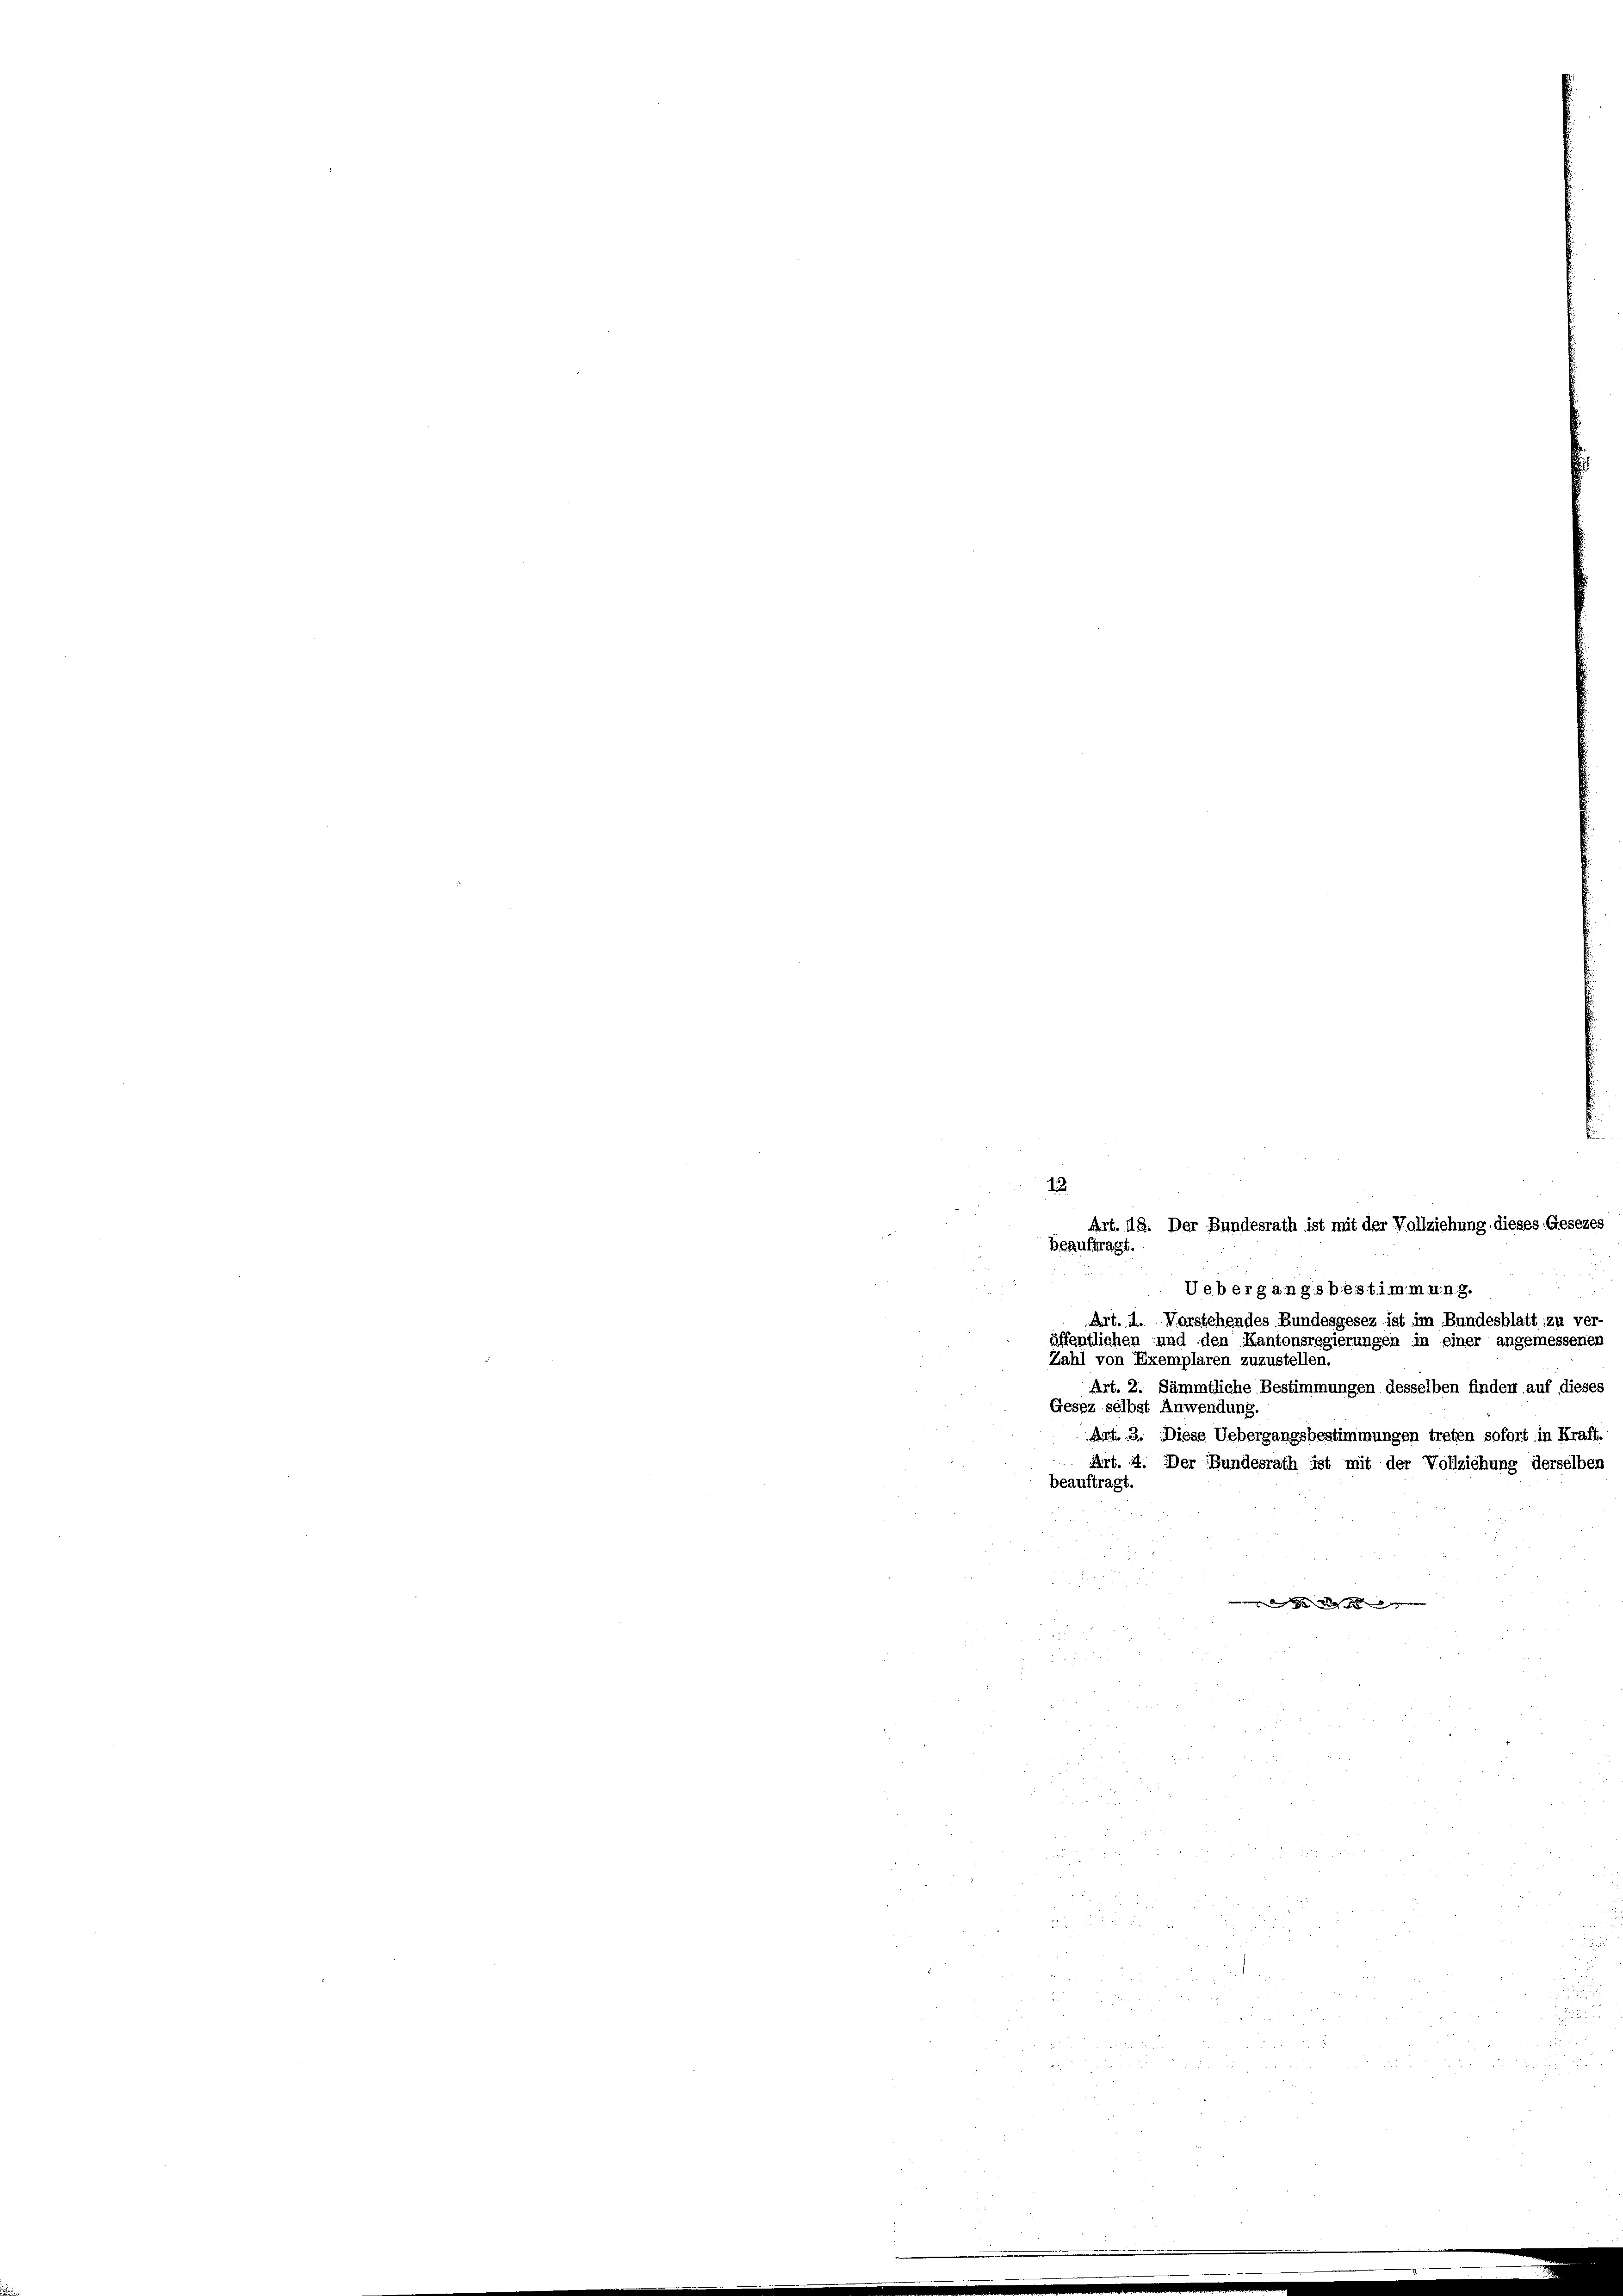
12.
Art. 18. Der Bundesrath ist mit der Vollziehung dieses Gesezes
beauftragt.
Uebergangsbestimmung.
Art. A. Vorstehendes Bundesgesez ist im Bundesblatt zu ver-
öffentlichen und den Kantonsregierungen in einer angemessenen
Zahl von Exemplaren zuzustellen.
Art. 2. Sämmtliche Bestimmungen desselben finden auf dieses
Gesez selbst Anwendung.
Art. 2. Diese Uebergangsbestimmungen treten sofort in Kraft.
Art. 4. Der Bundesrath ist mit der Vollziehung derselben
beauftragt